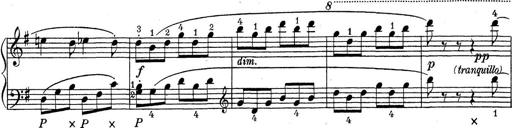
Title: ÄŒeskÃ© Sonatiny
Composer: Various